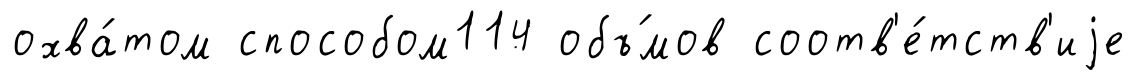
охва́том способом114 объ́мов соотв'е́тств'иjе